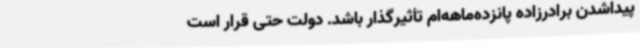
پیداشدن برادرزاده پانزده‌ماهه‌ام تأثیرگذار باشد. دولت حتی قرار است